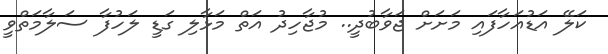
ކަލޭ އަޑުއަހާފައި މަށަށް ޖަވާބުދީ.. މުޖާހިދު އަތް މަޅާލި ގަޑީ ލަހުފާ ސަލާމަތްވީ